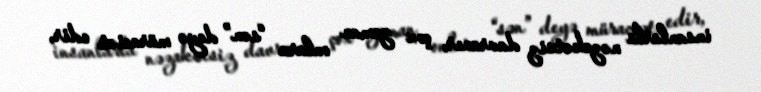
insanlarla nəzakətsiz davranır, çox zaman onlara “sən” deyə müraciət edir,